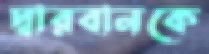
দ্বারবানকে